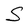
Character: S